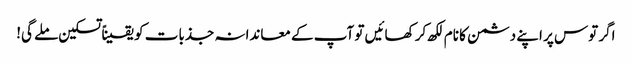
اگر توس پر اپنے دشمن کا نام لکھ کر کھائیں تو آپ کے معاندانہ جذبات کو یقیناً تسکین ملے گی!